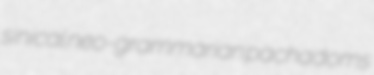
sinical neo-grammarian pachadoms